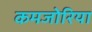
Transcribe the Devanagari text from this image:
कमजोरिया